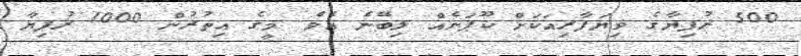
500 ރުފިޔާގެ ވިޔަފާރިއަކަށް ކޫޕަނެއް ލިބޭނެ އެވެ. މީގެ އިތުރުން 1000 ރުފިޔާ